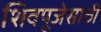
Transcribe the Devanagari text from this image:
शिवपूजेसाठी